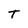
Character: T